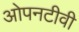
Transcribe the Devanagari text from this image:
ओपनटीवी